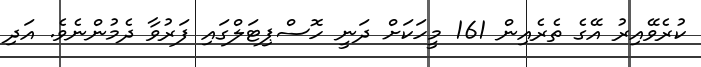
ކުރެވޭއިރު އޭގެ ތެރެއިން 161 މީހަކަށް ދަނީ ހޮސްޕިޓަލްގައި ފަރުވާ ދެމުންނެވެ. އަދި